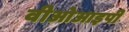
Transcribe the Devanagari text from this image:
वीओआइपी